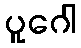
ပူဂေါ